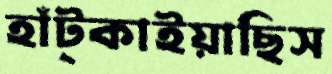
হাঁট্‌কাইয়াছিস